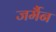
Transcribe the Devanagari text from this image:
जर्मैन